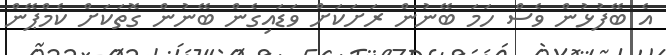
އެ ބޭފުޅުން ވެސް ހަމަ ބޭނުން ރަށަކަށް ވަޑައިގެން ބޭނުން ގޮތަކަށް ކެމްޕޭން